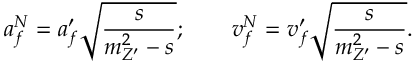
a _ { f } ^ { N } = a _ { f } ^ { \prime } \displaystyle { \sqrt { \frac { s } { m _ { Z ^ { \prime } } ^ { 2 } - s } } } ; ~ ~ ~ ~ ~ ~ v _ { f } ^ { N } = v _ { f } ^ { \prime } \displaystyle { \sqrt { \frac { s } { m _ { Z ^ { \prime } } ^ { 2 } - s } } } .